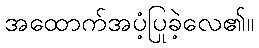
အထောက်အပံ့ပြုခဲ့လေ၏။